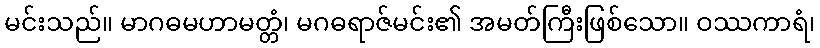
မင်းသည်။ မာဂဓမဟာမတ္တံ၊ မဂဓရာဇ်မင်း၏ အမတ်ကြီးဖြစ်သော။ ဝဿကာရံ၊